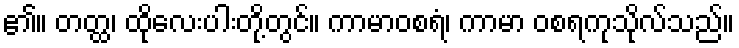
၏။ တတ္ထ၊ ထိုလေးပါးတို့တွင်။ ကာမာဝစရံ၊ ကာမာ ဝစရကုသိုလ်သည်။